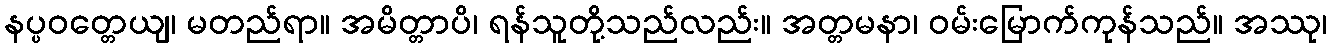
နပ္ပဝတ္တေယျ၊ မတည်ရာ။ အမိတ္တာပိ၊ ရန်သူတို့သည်လည်း။ အတ္တမနာ၊ ဝမ်းမြောက်ကုန်သည်။ အဿု၊